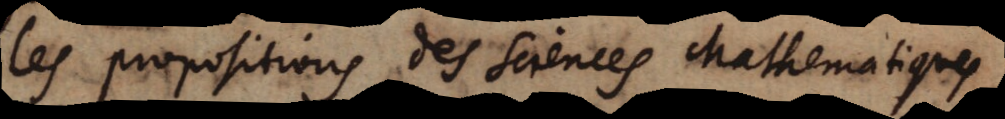
les propositions des soiences chathemaliques